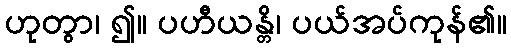
ဟုတွာ၊ ၍။ ပဟီယန္တိ၊ ပယ်အပ်ကုန်၏။